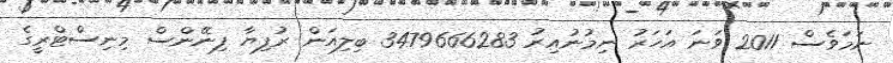
ނަމަވެސް 2011 ވަނަ އަހަރު ނިމުނުއިރު 3479666283 ބިލިއަން ރުފިޔާ ފިނޭންސް މިނިސްޓްރީގެ